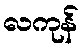
လကုန်